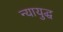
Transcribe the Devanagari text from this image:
न्यायुद्ध